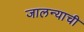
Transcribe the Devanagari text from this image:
जालन्याची